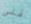
قلي